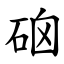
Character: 硇